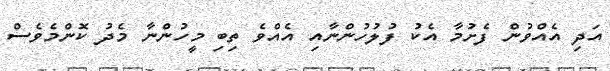
އަދި އެއްވުން ފެށުމާ އެކު ފުލުހުންނާއި އެއްވެ ތިބި މީހުންނާ މެދު ކޮންމެވެސް